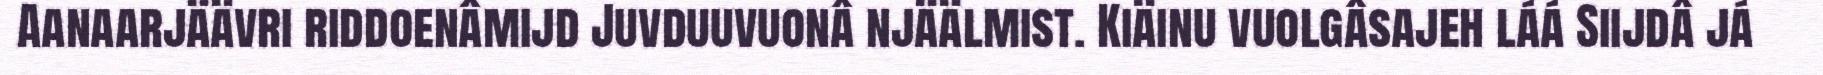
Aanaarjäävri riddoenâmijd Juvduuvuonâ njäälmist. Kiäinu vuolgâsajeh láá Siijdâ já